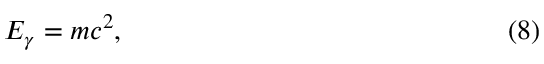
E _ { \gamma } = m c ^ { 2 } , \eqno ( 8 )